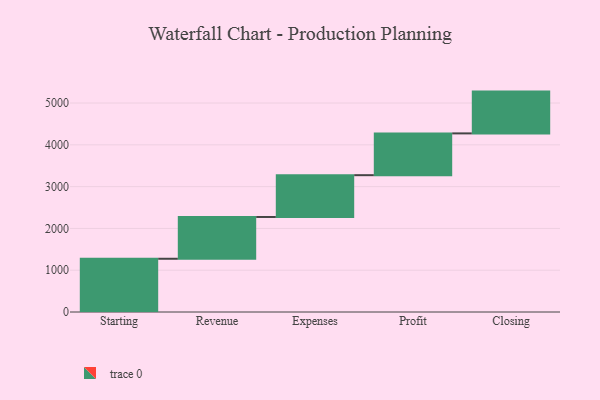
{"axis": {"x": "Step", "y": "Value"}, "legend": [""], "data": [{"x": "Starting", "y": 1274.0, "type": ""}, {"x": "Revenue", "y": 1000, "type": ""}, {"x": "Expenses", "y": 1000, "type": ""}, {"x": "Profit", "y": 1000, "type": ""}, {"x": "Closing", "y": 1000, "type": ""}]}